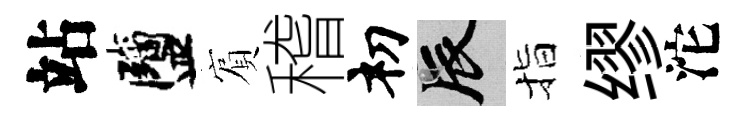
站鹽賔稽𥘉辰指缪沱